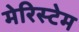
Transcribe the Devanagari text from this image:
मेरिस्टेम